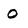
Character: O